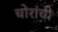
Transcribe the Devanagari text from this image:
चोरांची